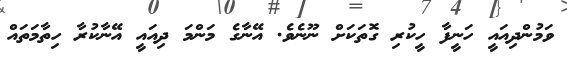
ވަމުންދިއައީ ހަނީފާ ހީކުރި ގޮތަކަށް ނޫނެވެ. އޭނާގެ މަންމަ ދިއައީ އޭނާކުރާ ހިތާމަތައް